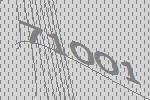
71001